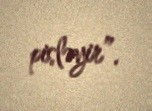
pisləyir”.